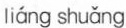
liáng shuǎng